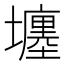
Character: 㙻